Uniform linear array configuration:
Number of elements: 8
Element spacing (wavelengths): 0.75
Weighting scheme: hann
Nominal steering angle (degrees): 30
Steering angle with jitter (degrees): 31.631
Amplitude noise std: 0.05
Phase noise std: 0.05

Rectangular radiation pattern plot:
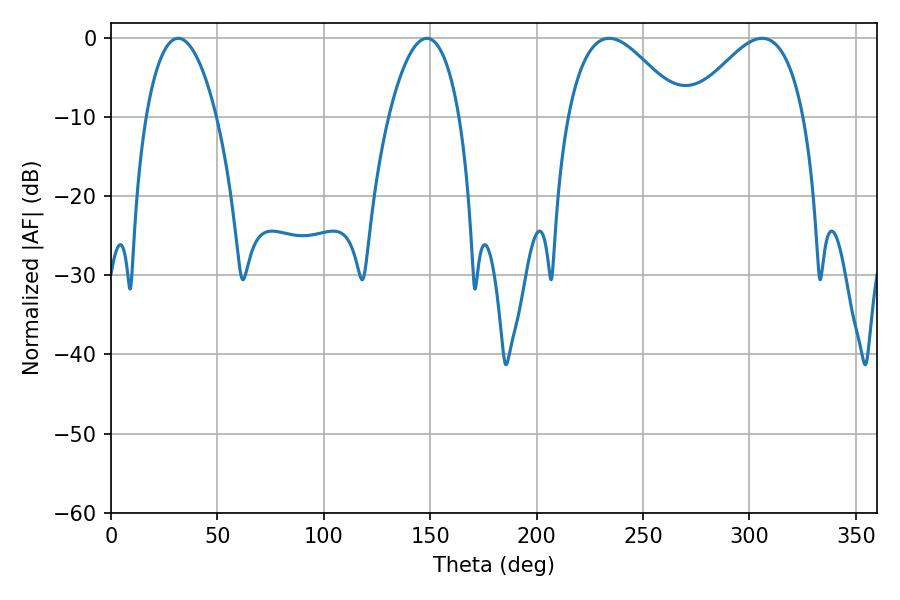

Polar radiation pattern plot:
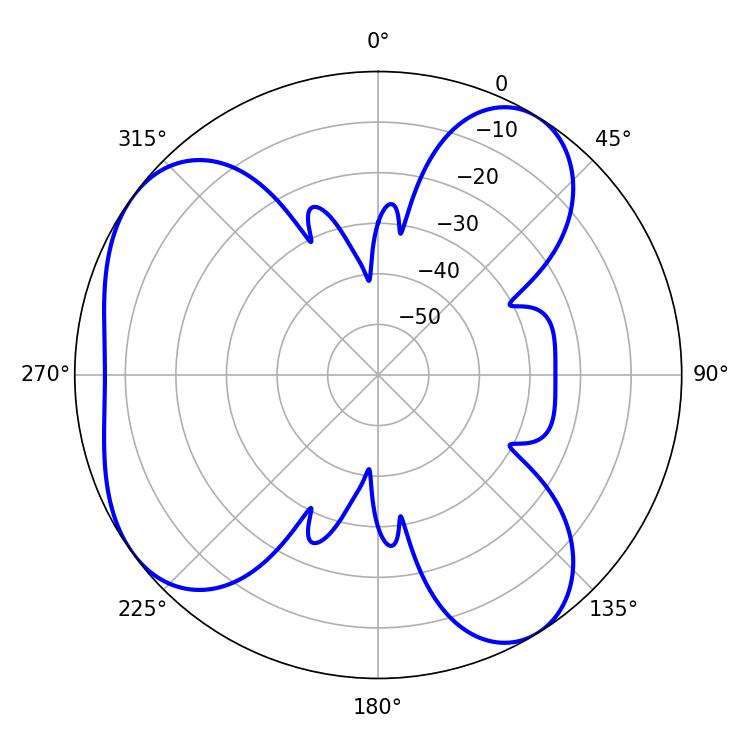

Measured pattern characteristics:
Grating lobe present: TRUE
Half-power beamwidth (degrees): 28.98
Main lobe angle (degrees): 234